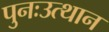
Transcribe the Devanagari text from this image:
पुनःउत्थान